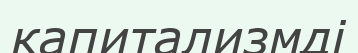
капитализмді